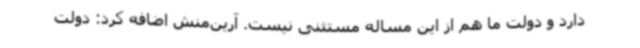
دارد و دولت‌ ما هم از این مساله مستثنی نیست. آرین‌منش اضافه کرد: دولت